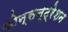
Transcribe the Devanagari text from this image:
कोन्सन्ट्रेशन